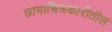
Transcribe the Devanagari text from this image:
छायाचित्रकारीतील